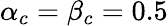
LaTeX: \alpha_{c}=\beta_{c}=0.5